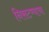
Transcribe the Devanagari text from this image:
निसटण्याचा